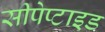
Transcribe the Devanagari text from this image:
सीपेप्टाइड